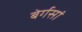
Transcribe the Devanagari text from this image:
बेर्गसां